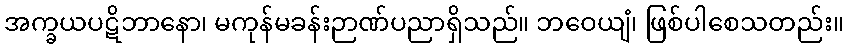
အက္ခယပဋိဘာနော၊ မကုန်မခန်းဉာဏ်ပညာရှိသည်။ ဘဝေယျံ၊ ဖြစ်ပါစေသတည်း။